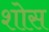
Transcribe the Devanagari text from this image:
शोस